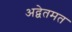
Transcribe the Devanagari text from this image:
अद्वेतमत